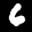
Label: 6